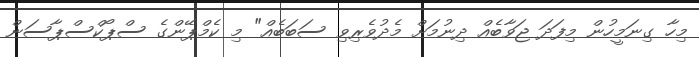
މިހާ ގިނަމީހުން މިފަދަ ޖަވާބެއް ދިނުމަށް މެދުވެރިވި ސަބަބެއް" މި ކެމްޕޭންގެ ސްޕޯކްސްޕާސަން